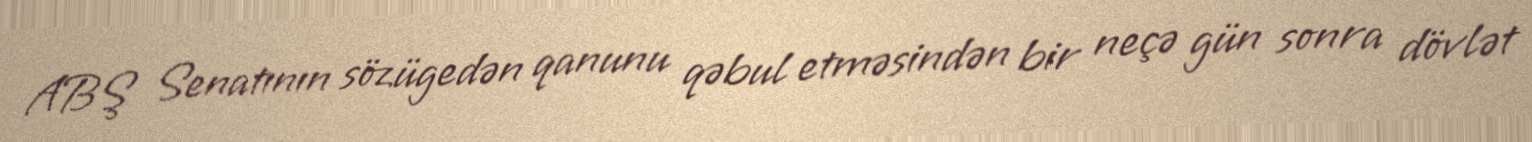
ABŞ Senatının sözügedən qanunu qəbul etməsindən bir neçə gün sonra dövlət